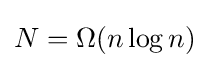
N=\Omega (n\log n)